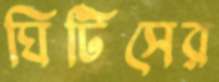
ঘিটিসের